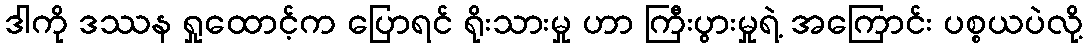
ဒါကို ဒဿန ရှုထောင့်က ပြောရင် ရိုးသားမှု ဟာ ကြီးပွားမှုရဲ့ အကြောင်း ပစ္စယပဲလို့